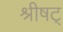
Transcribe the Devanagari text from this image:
श्रीषट्